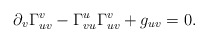
\begin{align*} \partial_v\Gamma_{uv}^v-\Gamma_{vu}^u\Gamma_{uv}^v+g_{uv}=0.\end{align*}